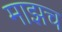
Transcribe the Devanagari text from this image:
माझच